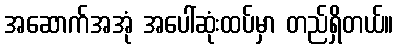
အဆောက်အအုံ အပေါ်ဆုံးထပ်မှာ တည်ရှိတယ်။